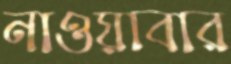
নাওয়াবার